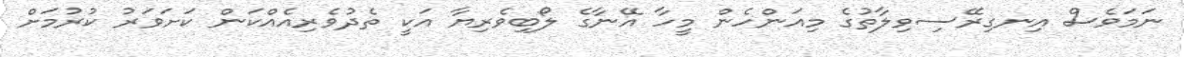
ނަމަވެސް އިނގިރޭސިވިލާތުގެ މިއަންހެން މީހާ އޭނާގެ ލޯބިވެރިޔާ އަކީ ތެދުވެރިއެއްކަން ކަށަވަރު ކުރުމަށް